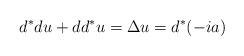
\begin{align*}d^*du+dd^*u=\Delta u = d^*(-ia)\end{align*}